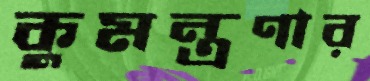
কুমন্ত্রণার